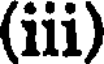
(iii)